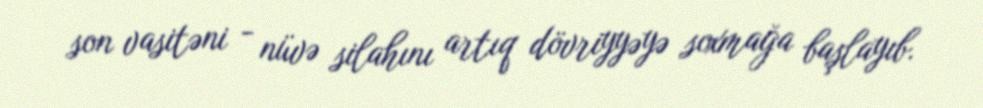
son vasitəni - nüvə silahını artıq dövriyyəyə soxmağa başlayıb.